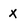
Character: x